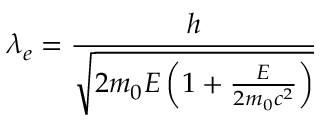
\lambda _ { e } = { \frac { h } { \sqrt { 2 m _ { 0 } E \left( 1 + { \frac { E } { 2 m _ { 0 } c ^ { 2 } } } \right) } } }